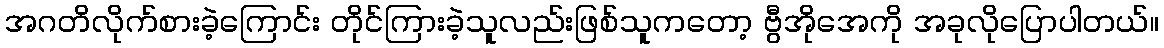
အဂတိလိုက်စားခဲ့ကြောင်း တိုင်ကြားခဲ့သူလည်းဖြစ်သူကတော့ ဗွီအိုအေကို အခုလိုပြောပါတယ်။